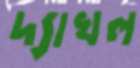
দ্যাখল